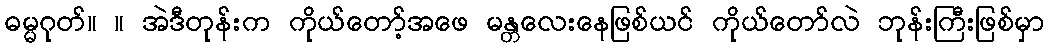
ဓမ္မဂုတ်။ ။ အဲဒီတုန်းက ကိုယ်တော့်အဖေ မန္တလေးနေဖြစ်ယင် ကိုယ်တော်လဲ ဘုန်းကြီးဖြစ်မှာ